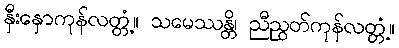
နှီးနှောကုန်လတ္တံ့။ သမေဿန္တိ၊ ညီညွတ်ကုန်လတ္တံ့။